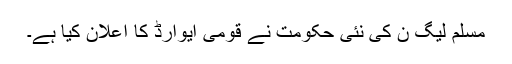
مسلم لیگ ن کی نئی حکومت نے قومی ایوارڈ کا اعلان کیا ہے۔